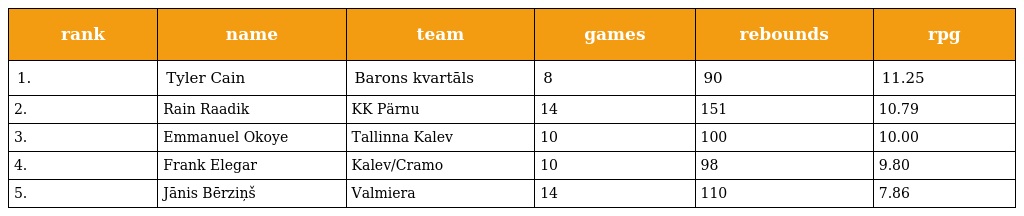
| rank | name | team | games | rebounds | rpg |
 | --- | --- | --- | --- | --- | --- |
 | 1. | Tyler Cain | Barons kvartāls | 8 | 90 | 11.25 |
 | 2. | Rain Raadik | KK Pärnu | 14 | 151 | 10.79 |
 | 3. | Emmanuel Okoye | Tallinna Kalev | 10 | 100 | 10.00 |
 | 4. | Frank Elegar | Kalev/Cramo | 10 | 98 | 9.80 |
 | 5. | Jānis Bērziņš | Valmiera | 14 | 110 | 7.86 |